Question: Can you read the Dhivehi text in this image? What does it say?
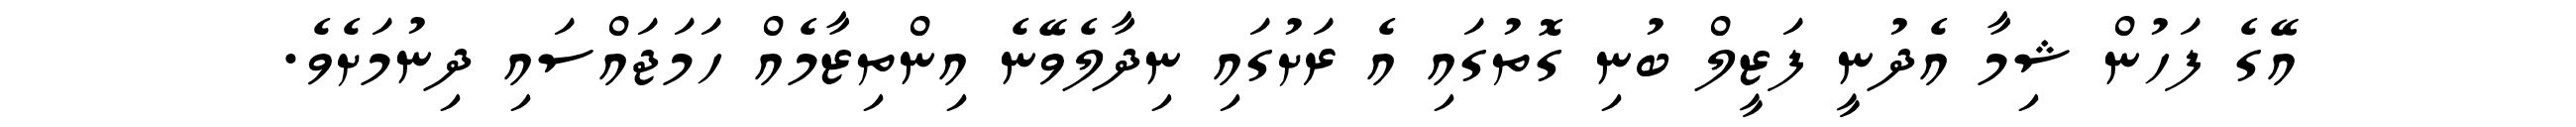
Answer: އޭގެ ފަހުން ޝިމާ އެދުނީ ފަޒީލް ބުނި ގޮތުގައި އެ ރަށުގައި ނިދާލެވޭނެ އިންތިޒާމެއް ހަމަޖައްސައި ދިނުމަށެވެ.